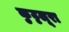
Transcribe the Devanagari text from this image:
कुट्टलूरा